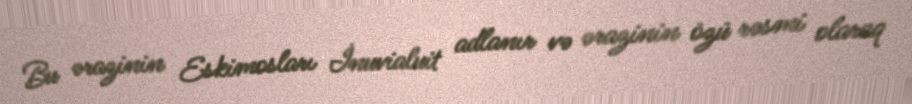
Bu ərazinin Eskimosları İnuvialuit adlanır və ərazinin özü rəsmi olaraq